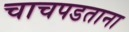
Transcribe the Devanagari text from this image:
चाचपडताना